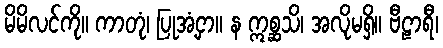
မိမိလင်ကို။ ကာတုံ၊ ပြုအံ့ငှာ။ န ဣစ္ဆသိ၊ အလိုမရှိ။ ဗီဠာရီ၊